system: You are a helpful assistant.
user:
Analyze the provided spectrum to determine if it is a **"Cataclysmic Variables (CV)"**.

- **Key Indicators for CV (Check for either state):**
    - **State 1: Quiescent / Low-State (Emission-Dominated)**
        - **(Primary):** Strong and *very broad* Hydrogen Balmer emission lines (e.g., $H\alpha$ at 6563 Å, $H\beta$ at 4861 Å). The 'broadness' (high velocity dispersion, often FWHM > 1000 km/s) is the key diagnostic, indicating a high-velocity accretion disk.
        - **(Secondary):** Broad neutral Helium (He I) emission lines (e.g., 5876 Å, 6678 Å).
        - **(Key Confirmation):** Presence of high-excitation *ionized* Helium (He II) emission at 4686 Å. This is a strong indicator of accretion onto a white dwarf.
        - **(Line Profile):** Emission lines may exhibit a 'double-peaked' profile, which is a classic signature of a rotating accretion disk viewed at high inclination.

    - **State 2: Outburst / High-State (Absorption-Dominated)**
        - **(Primary):** Spectrum is dominated by a bright, blue continuum (looks like a hot star).
        - **(Secondary):** The emission lines from State 1 are weak, absent, or 'filled in', and are replaced by broad, shallow *absorption* lines (primarily Balmer and He I).
        - **(Morphology):** The overall spectrum mimics a hot B/A-type star. The crucial difference is that the absorption lines are significantly broader, shallower, and more 'washed-out' (or 'smeared') than the sharp lines of a normal stellar photosphere, due to high rotational speeds and pressure broadening in the disk.

Think first, call **spectral_visualization_tool** if needed to examine features in detail, then provide your final answer. Your response must adhere to the following strict rules:
1.  **Overall Structure:** Your response must follow the format `<think>...</think> <tool_call>...</tool_call> (if a tool is used) <answer>...</answer>`.
2.  **Tool Usage Constraint:** You may only make **one** tool call per turn.
3.  **Final Answer Format:** In the `<answer>` tag, your conclusion must be inside a `\boxed{}` command (e.g., `\boxed{YES}`), followed by your justification.

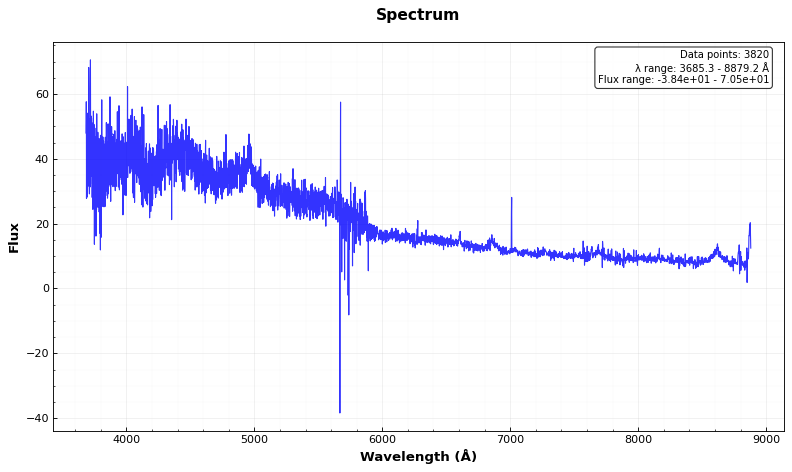
Answer: NO